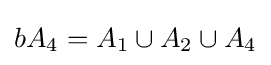
bA_{4}=A_{1}\cup A_{2}\cup A_{4}